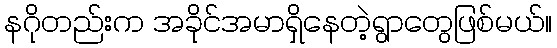
နဂိုတည်းက အခိုင်အမာရှိနေတဲ့ရွာတွေဖြစ်မယ်။